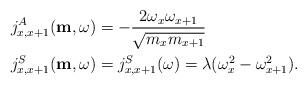
LaTeX: \begin{align*}j_{x,x+1}^A(\mathbf m,\omega)&=-\frac{2\omega_x\omega_{x+1}}{\sqrt{m_xm_{x+1}}} \\j_{x,x+1}^S(\mathbf m,\omega)&=j_{x,x+1}^S(\omega)=\lambda(\omega_{x}^2-\omega_{x+1}^2).\end{align*}